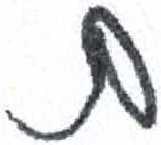
אות: ם